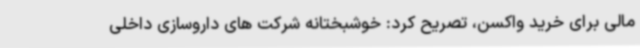
مالی برای خرید واکسن،‌ تصریح کرد: خوشبختانه شرکت های داروسازی داخلی